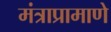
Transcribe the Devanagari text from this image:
मंत्राप्रामाणे